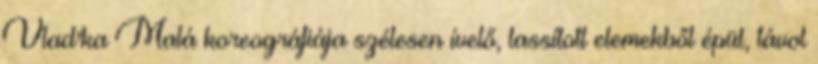
Vlad'ka Malá koreográfiája szélesen ívelő, lassított elemekből épül, távol